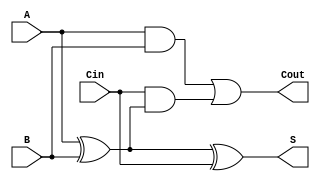
module full_adder (
    input A,        // First input bit
    input B,        // Second input bit
    input Cin,      // Carry input
    output S,       // Sum output
    output Cout      // Carry output
);
    assign S = A ^ B ^ Cin;    // Sum is A XOR B XOR Cin
    assign Cout = (A & B) | (Cin & (A ^ B)); // Carry out
endmodule